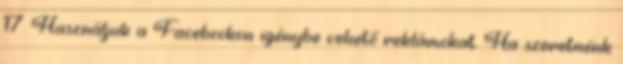
17. Használjuk a Facebookon igénybe vehető reklámokat. Ha szeretnénk